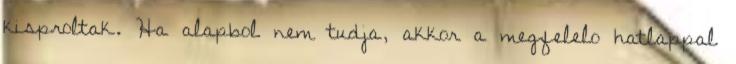
kisproltak. Ha alapbol nem tudja, akkor a megfelelo hatlappal